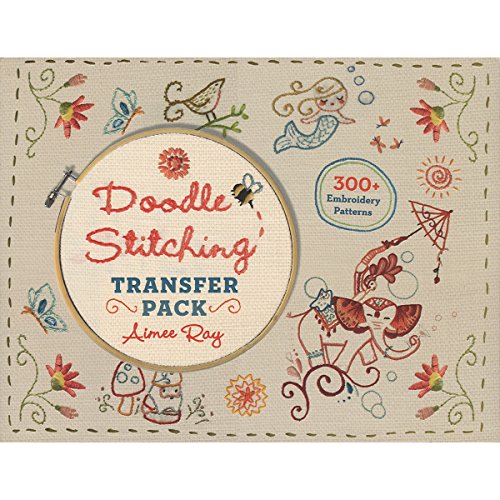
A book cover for Doodle Stitching Transfer Pack; Aimee Ray; Crafts, Hobbies & Home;